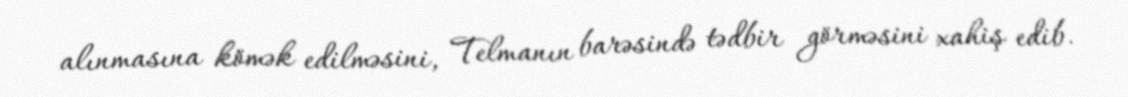
alınmasına kömək edilməsini, Telmanın barəsində tədbir görməsini xahiş edib.